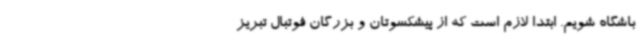
باشگاه شویم. ابتدا لازم است که از پیشکسوتان و بزرگان فوتبال تبریز